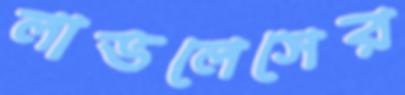
লাভলেসের